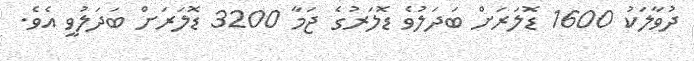
ދުވާލަކު 1600 ޑޮލަރަށް ބަދަލުވެ ޑޮލަރުގެ ޖަމާ 3200 ޑޮލަރަށް ބަދަލުވީ އެވެ.